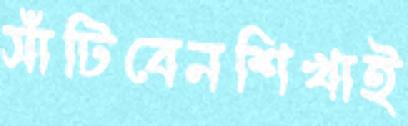
সাঁটিবেনশিখাই